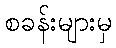
စခန်းများမှ